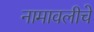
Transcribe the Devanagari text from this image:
नामावलीचे